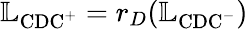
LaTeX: \mathbb{L}_{\mathrm{CDC}^{+}}=r_{D}(\mathbb{L}_{\mathrm{CDC}^{-}})